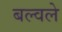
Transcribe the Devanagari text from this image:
बल्वले